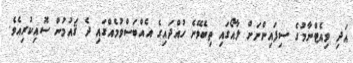
އަދި ވިއެޓްނާމުގެ ސިފައިންނަށް ލާއޯގައި ތިބެވޭނެ ހުއްދައިގެ އެއްބަސްވުމެއްގައި ދެ ޤައުމުން ސޮއިކުރިއެވެ.